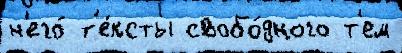
н'его́ т'е́ксты свобо́дного т'ем